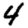
Digit: 4